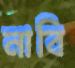
নাবি